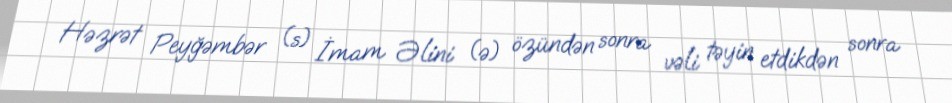
Həzrət Peyğəmbər (s) İmam Əlini (ə) özündən sonra vəli təyin etdikdən sonra